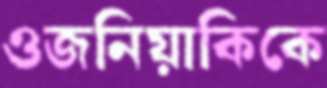
ওজনিয়াকিকে